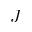
J